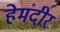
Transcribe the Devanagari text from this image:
हेमंदीर